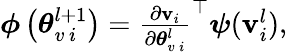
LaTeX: \begin{array}{r}{\boldsymbol{\phi}\left(\boldsymbol{\theta}_{v\, i}^{l+1}\right)=\frac{\partial{\mathbf v}_{i}}{\partial\boldsymbol{\theta}_{v\, i}^{l}}^{\top}\boldsymbol{\psi}({\mathbf v}_{i}^{l}),}\end{array}